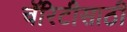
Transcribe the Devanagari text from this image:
चॅरिटीसाठी